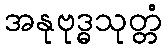
အနုဗုဒ္ဓသုတ္တံ